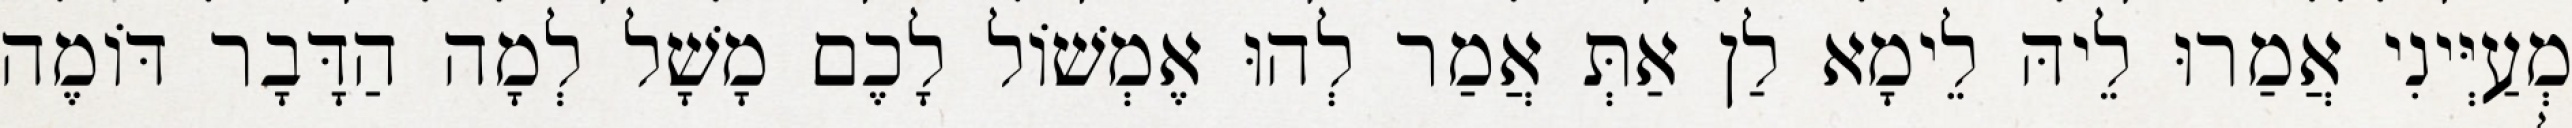
מְעַיְּינִי אֲמַרוּ לֵיהּ לֵימָא לַן אַתְּ אֲמַר לְהוּ אֶמְשׁוֹל לָכֶם מָשָׁל לְמָה הַדָּבָר דּוֹמֶה